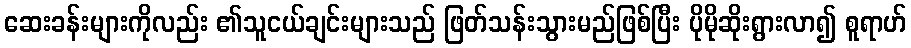
ဆေးခန်းများကိုလည်း ၏သူငယ်ချင်းများသည် ဖြတ်သန်းသွားမည်ဖြစ်ပြီး ပိုမိုဆိုးရွားလာ၍ စူရာဟ်